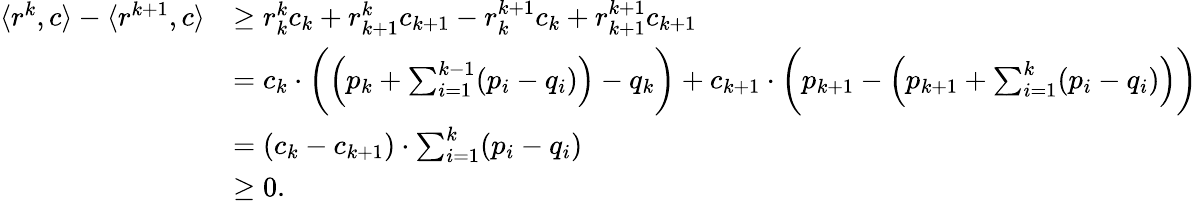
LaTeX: \begin{array}{rl}{\langle r^{k},c\rangle-\langle r^{k+1},c\rangle}&{\geq r_{k}^{k}c_{k}+r_{k+1}^{k}c_{k+1}-r_{k}^{k+1}c_{k}+r_{k+1}^{k+1}c_{k+1}}\\ &{=c_{k}\cdot\bigg(\Big(p_{k}+\sum_{i=1}^{k-1}(p_{i}-q_{i})\Big)-q_{k}\bigg)+c_{k+1}\cdot\bigg(p_{k+1}-\Big(p_{k+1}+\sum_{i=1}^{k}(p_{i}-q_{i})\Big)\bigg)}\\ &{=(c_{k}-c_{k+1})\cdot\sum_{i=1}^{k}(p_{i}-q_{i})}\\ &{\geq 0.}\end{array}